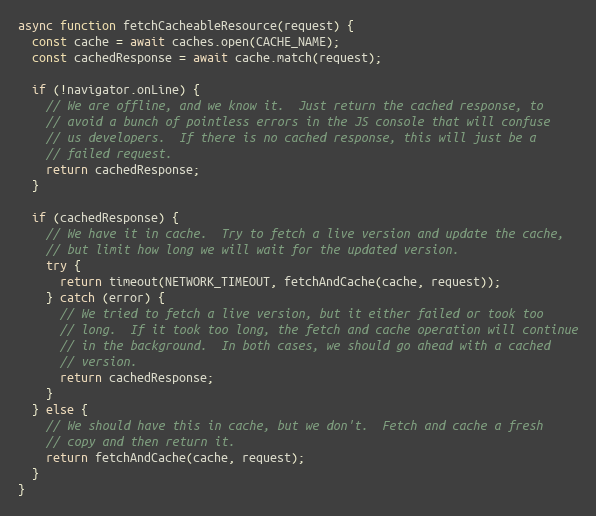
Language: JavaScript
async function fetchCacheableResource(request) {
  const cache = await caches.open(CACHE_NAME);
  const cachedResponse = await cache.match(request);

  if (!navigator.onLine) {
    // We are offline, and we know it.  Just return the cached response, to
    // avoid a bunch of pointless errors in the JS console that will confuse
    // us developers.  If there is no cached response, this will just be a
    // failed request.
    return cachedResponse;
  }

  if (cachedResponse) {
    // We have it in cache.  Try to fetch a live version and update the cache,
    // but limit how long we will wait for the updated version.
    try {
      return timeout(NETWORK_TIMEOUT, fetchAndCache(cache, request));
    } catch (error) {
      // We tried to fetch a live version, but it either failed or took too
      // long.  If it took too long, the fetch and cache operation will continue
      // in the background.  In both cases, we should go ahead with a cached
      // version.
      return cachedResponse;
    }
  } else {
    // We should have this in cache, but we don't.  Fetch and cache a fresh
    // copy and then return it.
    return fetchAndCache(cache, request);
  }
}